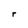
Character: r